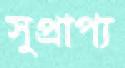
সুপ্রাপ্য